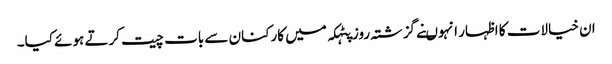
ان خیالات کا اظہار انہوںنے گزشتہ روز پٹہکہ میں کارکنان سے بات چیت کرتے ہوئے کیا۔